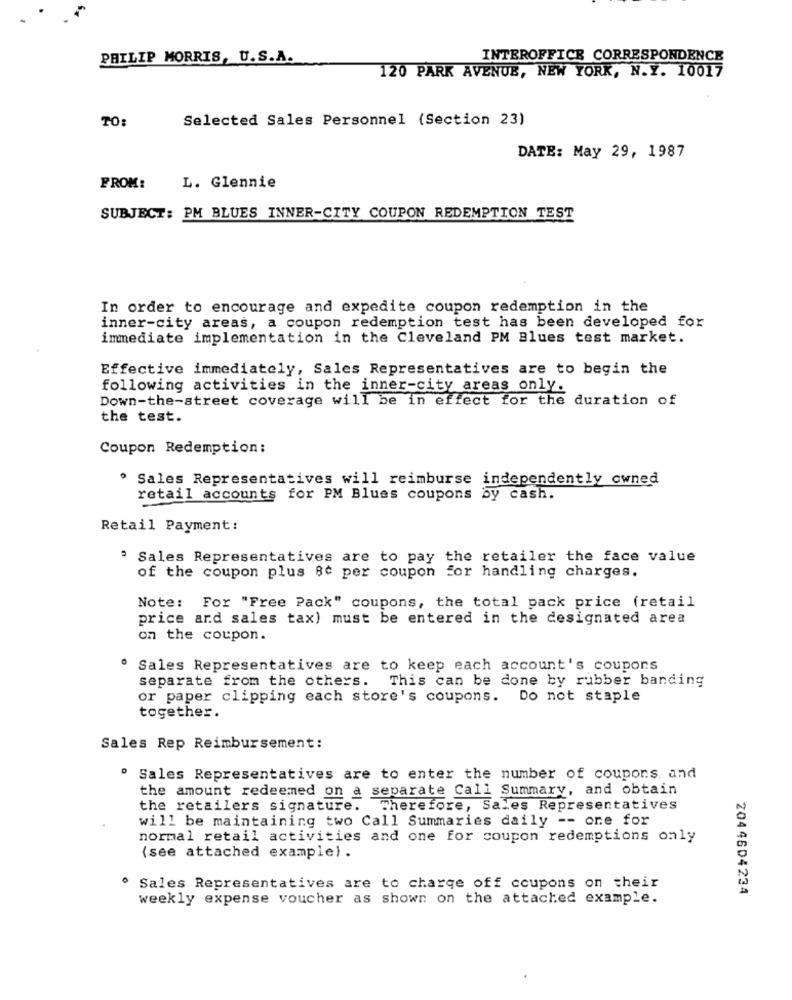
PHILIP MORRIS, U.S.A.
INTEROFFICE CORRESPONDENCE
120 PARK AVENUE, NEW YORK, N.Y. 10017
TO:
Selected Sales Personnel (Section 23)
DATE: May 29, 1987
FROM:
L. Glennie
SUBJECT: PM BLUES INNER-CITY COUPON REDEMPTION TEST
In order to encourage and expedite coupon redemption in the
inner-city areas, a coupon redemption test has been developed for
immediate implementation in the Cleveland PM Blues test market.
Effective immediately, Sales Representatives are to begin the
following activities in the inner-city areas only.
Down-the-street coverage will be in effect for the duration of
the test.
Coupon Redemption:
Sales Representatives will reimburse independently owned
retail accounts for PM Blues coupons by cash.
Retail Payment:
· Sales Representatives are to pay the retailer the face value
of the coupon plus 80 per coupon for handling charges.
Note: For "Free Pack" coupons, the total pack price (retail
price and sales tax) must be entered in the designated area
on the coupon.
Sales Representatives are to keep each account's coupons
separate from the others. This can be done by rubber banding
or paper clipping each store's coupons. Do not staple
together.
Sales Rep Reimbursement:
º Sales Representatives are to enter the number of coupons. and
the amount redeemed on a separate Call Summary, and obtain
the retailers signature. Therefore, Sales Representatives
will be maintaining two Call Summaries daily -- one for
normal retail activities and one for coupon redemptions only
(see attached example) .
. Sales Representatives are to charge off coupons on their
2044604234
weekly expense voucher as shown on the attached example.